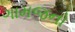
ગામજનો